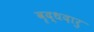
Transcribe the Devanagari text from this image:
वृद्धदारु